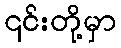
၎င်းတို့မှာ